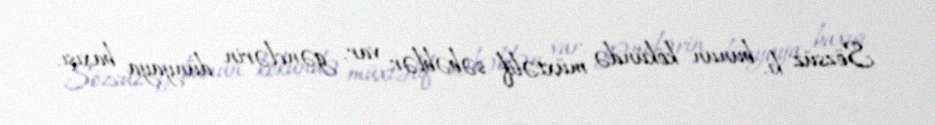
Sözsüz ki, bunun kökündə müxtəlif səbəblər var, gənclərin dünyaya baxışı,